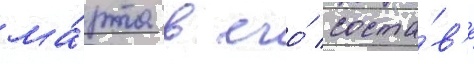
ма́рта в его́ соста́в'е